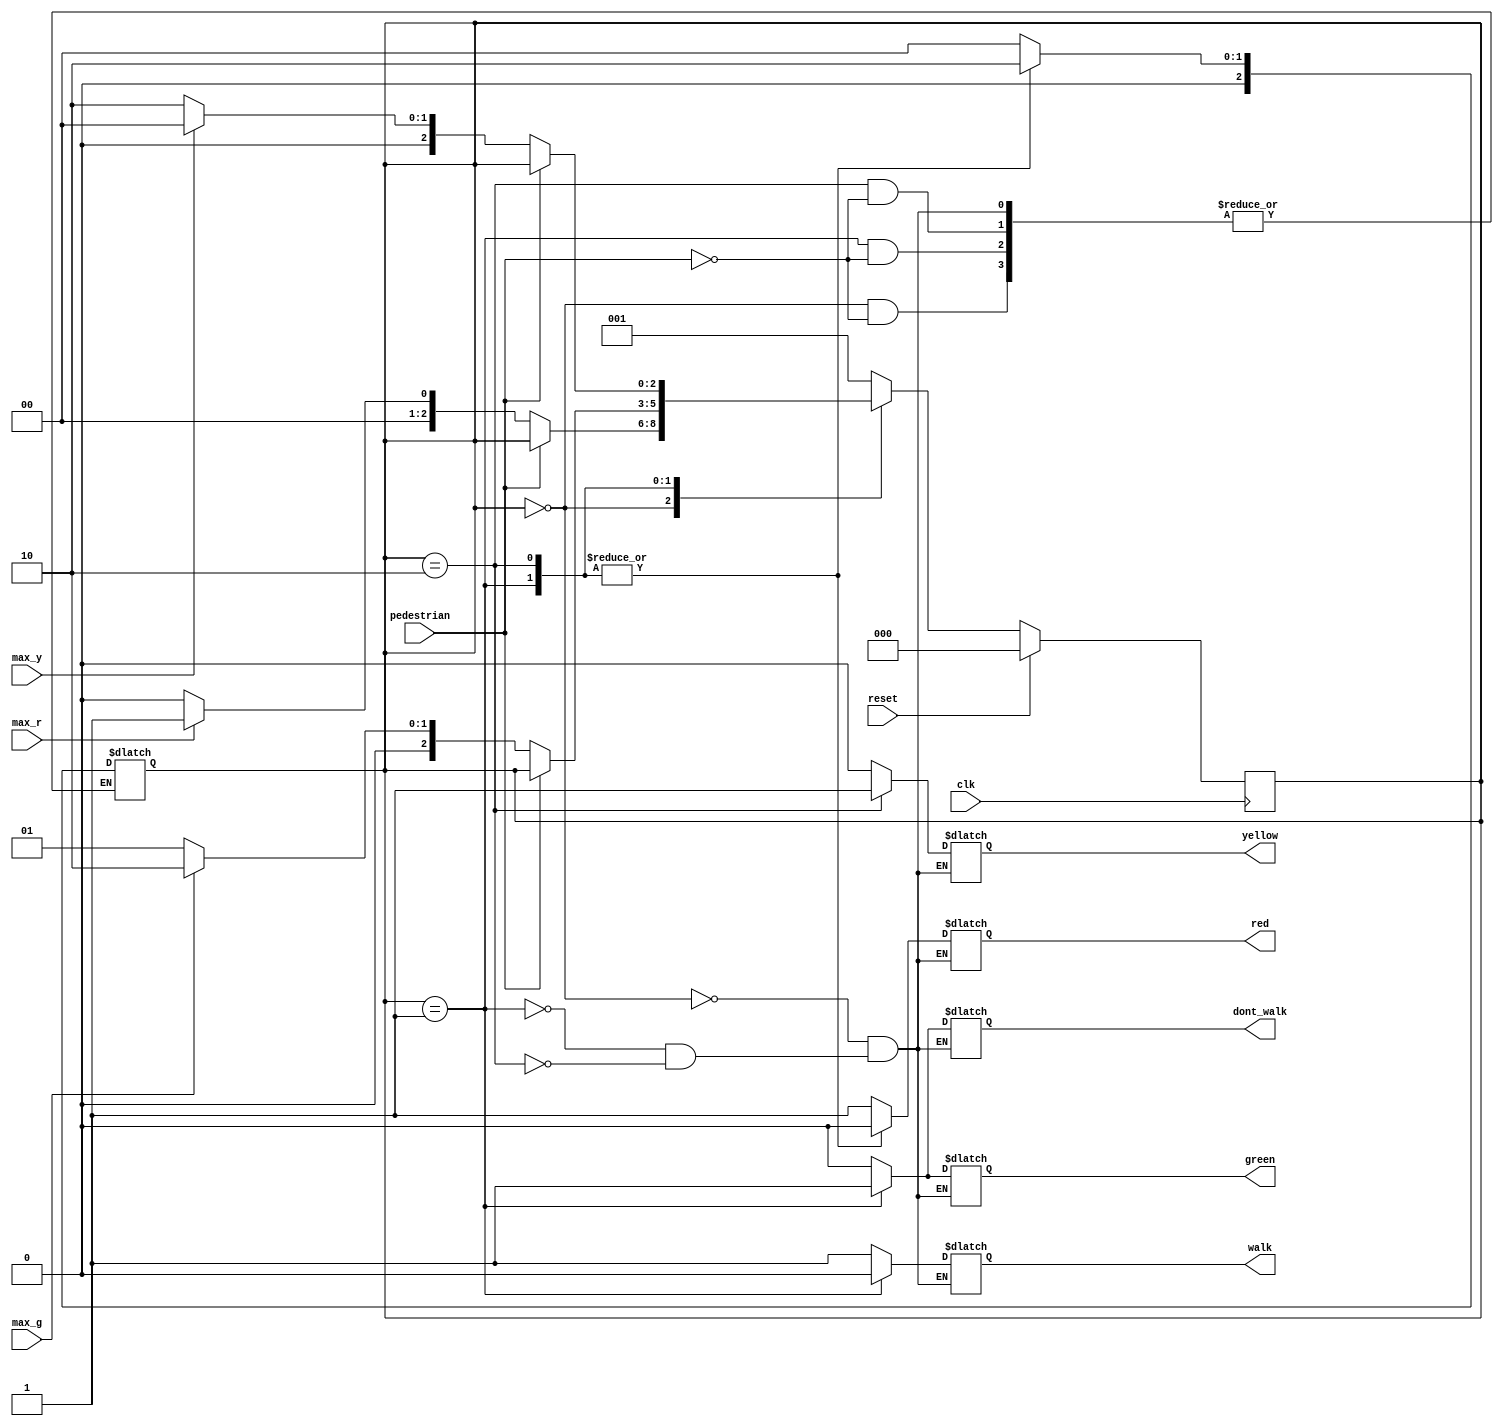
`timescale 1ns / 1ps
//////////////////////////////////////////////////////////////////////////////////
// Company: 
// Engineer: 
// 
// Design Name: 
// Module Name:    LightControl 
// Project Name: 
// Target Devices: 
// Tool versions: 
// Description: 
//
// Dependencies: 
//
// Revision: 
// Revision 0.01 - File Created
// Additional Comments: 
//
//////////////////////////////////////////////////////////////////////////////////
module LightControl(
	input wire clk,
	input wire reset, max_r, max_y, max_g, pedestrian, 
	//output reg tick, 
	output reg red, green, yellow, walk, dont_walk
    );

	// signal declaration
	//reg [3:0] timer = 4'b0000;	
	reg [2:0] state_next, state_reg;
	
	//define local parameters
localparam [1:0] Red = 2'b00,	
	Green = 2'b01,
	Yellow = 2'b10;
		
		// state register
		reg reset_next, reset_count;
	always @(posedge clk)
	if(reset)		//reset sets state back to red 
	begin				//and counter to 0
		state_reg <= Red;
		reset_count <= 1'b1;
	end
	else
	begin
		state_reg <= state_next;
		//reset_count = 1'b0;
		reset_count <= reset_next;	
	end
		
		// next-state logic and output logic
		always @*
			begin
			state_next = state_reg; // default state: the same
			//tick <= 1'b1;
			reset_next = 1'b0;
	
			//timer <= timer + 1; 
		case(state_reg)
			// Red : if (max_r)   //keep red on for 10 seconds, then move to green
			// begin								//if timer is less than 10 continue in red state
			//	state_next <= Red;
				//timer <= timer + 4'b0001;
			//	 red=1; yellow=0; green=0; 
			 //tick <= 1'b1;
			//end
			//	else
			//	begin									//else move to green amd reset timer 	
				//	timer <= 4'b0000;
			//		state_next <= Green;
			//	end
				
				Red:	//red for 6
		//if(clk)
			begin
				green = 1'b0;
				red = 1'b1;
				yellow = 1'b0;
				dont_walk = 1'b0;
				walk = 1'b1;
				
			//	if (q < 4'b0101)
				//if(ped)
				//	state_reg <=R;
				//else
			if(pedestrian)
				state_reg <=Red;
				
			else
				begin
				if (max_r)
					begin
						state_next = Green;	//if more than 6, go to Yellow
						reset_next = 1'b1;
					end
				else
					state_next = Red;
				end
			end
			
			 //Green : if (timer < 4'b0100)  //keep red on for 4 seconds, then move to yellow
			 //begin
			//	 state_next <= Green;			//if timer is less than 4 continue in red state
			//	 timer <= timer + 4'b0001;
			//end
			//	 else
			//	begin
			//	timer <= 4'b0000;
			//	 state_next <= Yellow;
				  
				//end
				
				Green:	//green for 4
			//if(clk)
			begin
				green = 1'b1;
				red = 1'b0;
				yellow = 1'b0;
				dont_walk = 1'b1;
				walk = 1'b0;
			//if(ped)
			//	state_reg <=R;
			//else
			if(pedestrian)
				state_reg <=Yellow;
			else
			
			begin
				if (max_g)	
					begin
						state_next = Yellow;
						reset_next = 1'b1;
					end
				else	
					state_next = Green;
			end
			end

			 //Yellow : if(timer < 4'b0011) //keep red on for 3 seconds, then move to red
			//		begin							//if timer is less than 10 continue in red state
			//			state_next <= Yellow;
			//			timer <= timer + 4'b0001;
			//		end
			//	  else    
			//	  begin
			//	  state_next = Red;
			//	  timer <= 4'b0000
			//	  end
				  
				  Yellow:	//yellow for 2
		//if(clk)
			begin
					green = 1'b0;
					red = 1'b0;
					yellow = 1'b1;
					dont_walk = 1'b0;
					walk = 1'b1;
				//if (q < 4'b0001)
				//if(ped)
				//	state_reg <=R;	
				//else
				if(pedestrian)
				state_reg <=Yellow;
				else
				begin
					if (max_y)
						begin
							state_next = Red;
							reset_next = 1'b1;
						end
					else		//if more than 2, go to Green
						state_next = Yellow;
				end
			end
			 
			 default :               
						begin
						state_next = Green ;
						end
		endcase
		end
	
	//  always @* 
	  //begin
    //case(state_reg)
    //  Red: 		begin red=1; yellow=0; green=0; end
	//	Green: 	begin red=0; yellow=0; green=1; end
    //  Yellow: begin red=0; yellow=1; green=0; end
    //  default:  begin red=1; yellow=0; green=0; end
    //endcase
  //end
endmodule